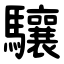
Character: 驤